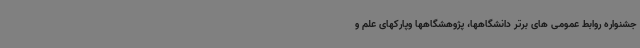
جشنواره روابط عمومی های برتر دانشگاهها، پژوهشگاهها وپارکهای علم و